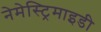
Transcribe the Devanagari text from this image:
नेमेस्ट्रिमाइडी